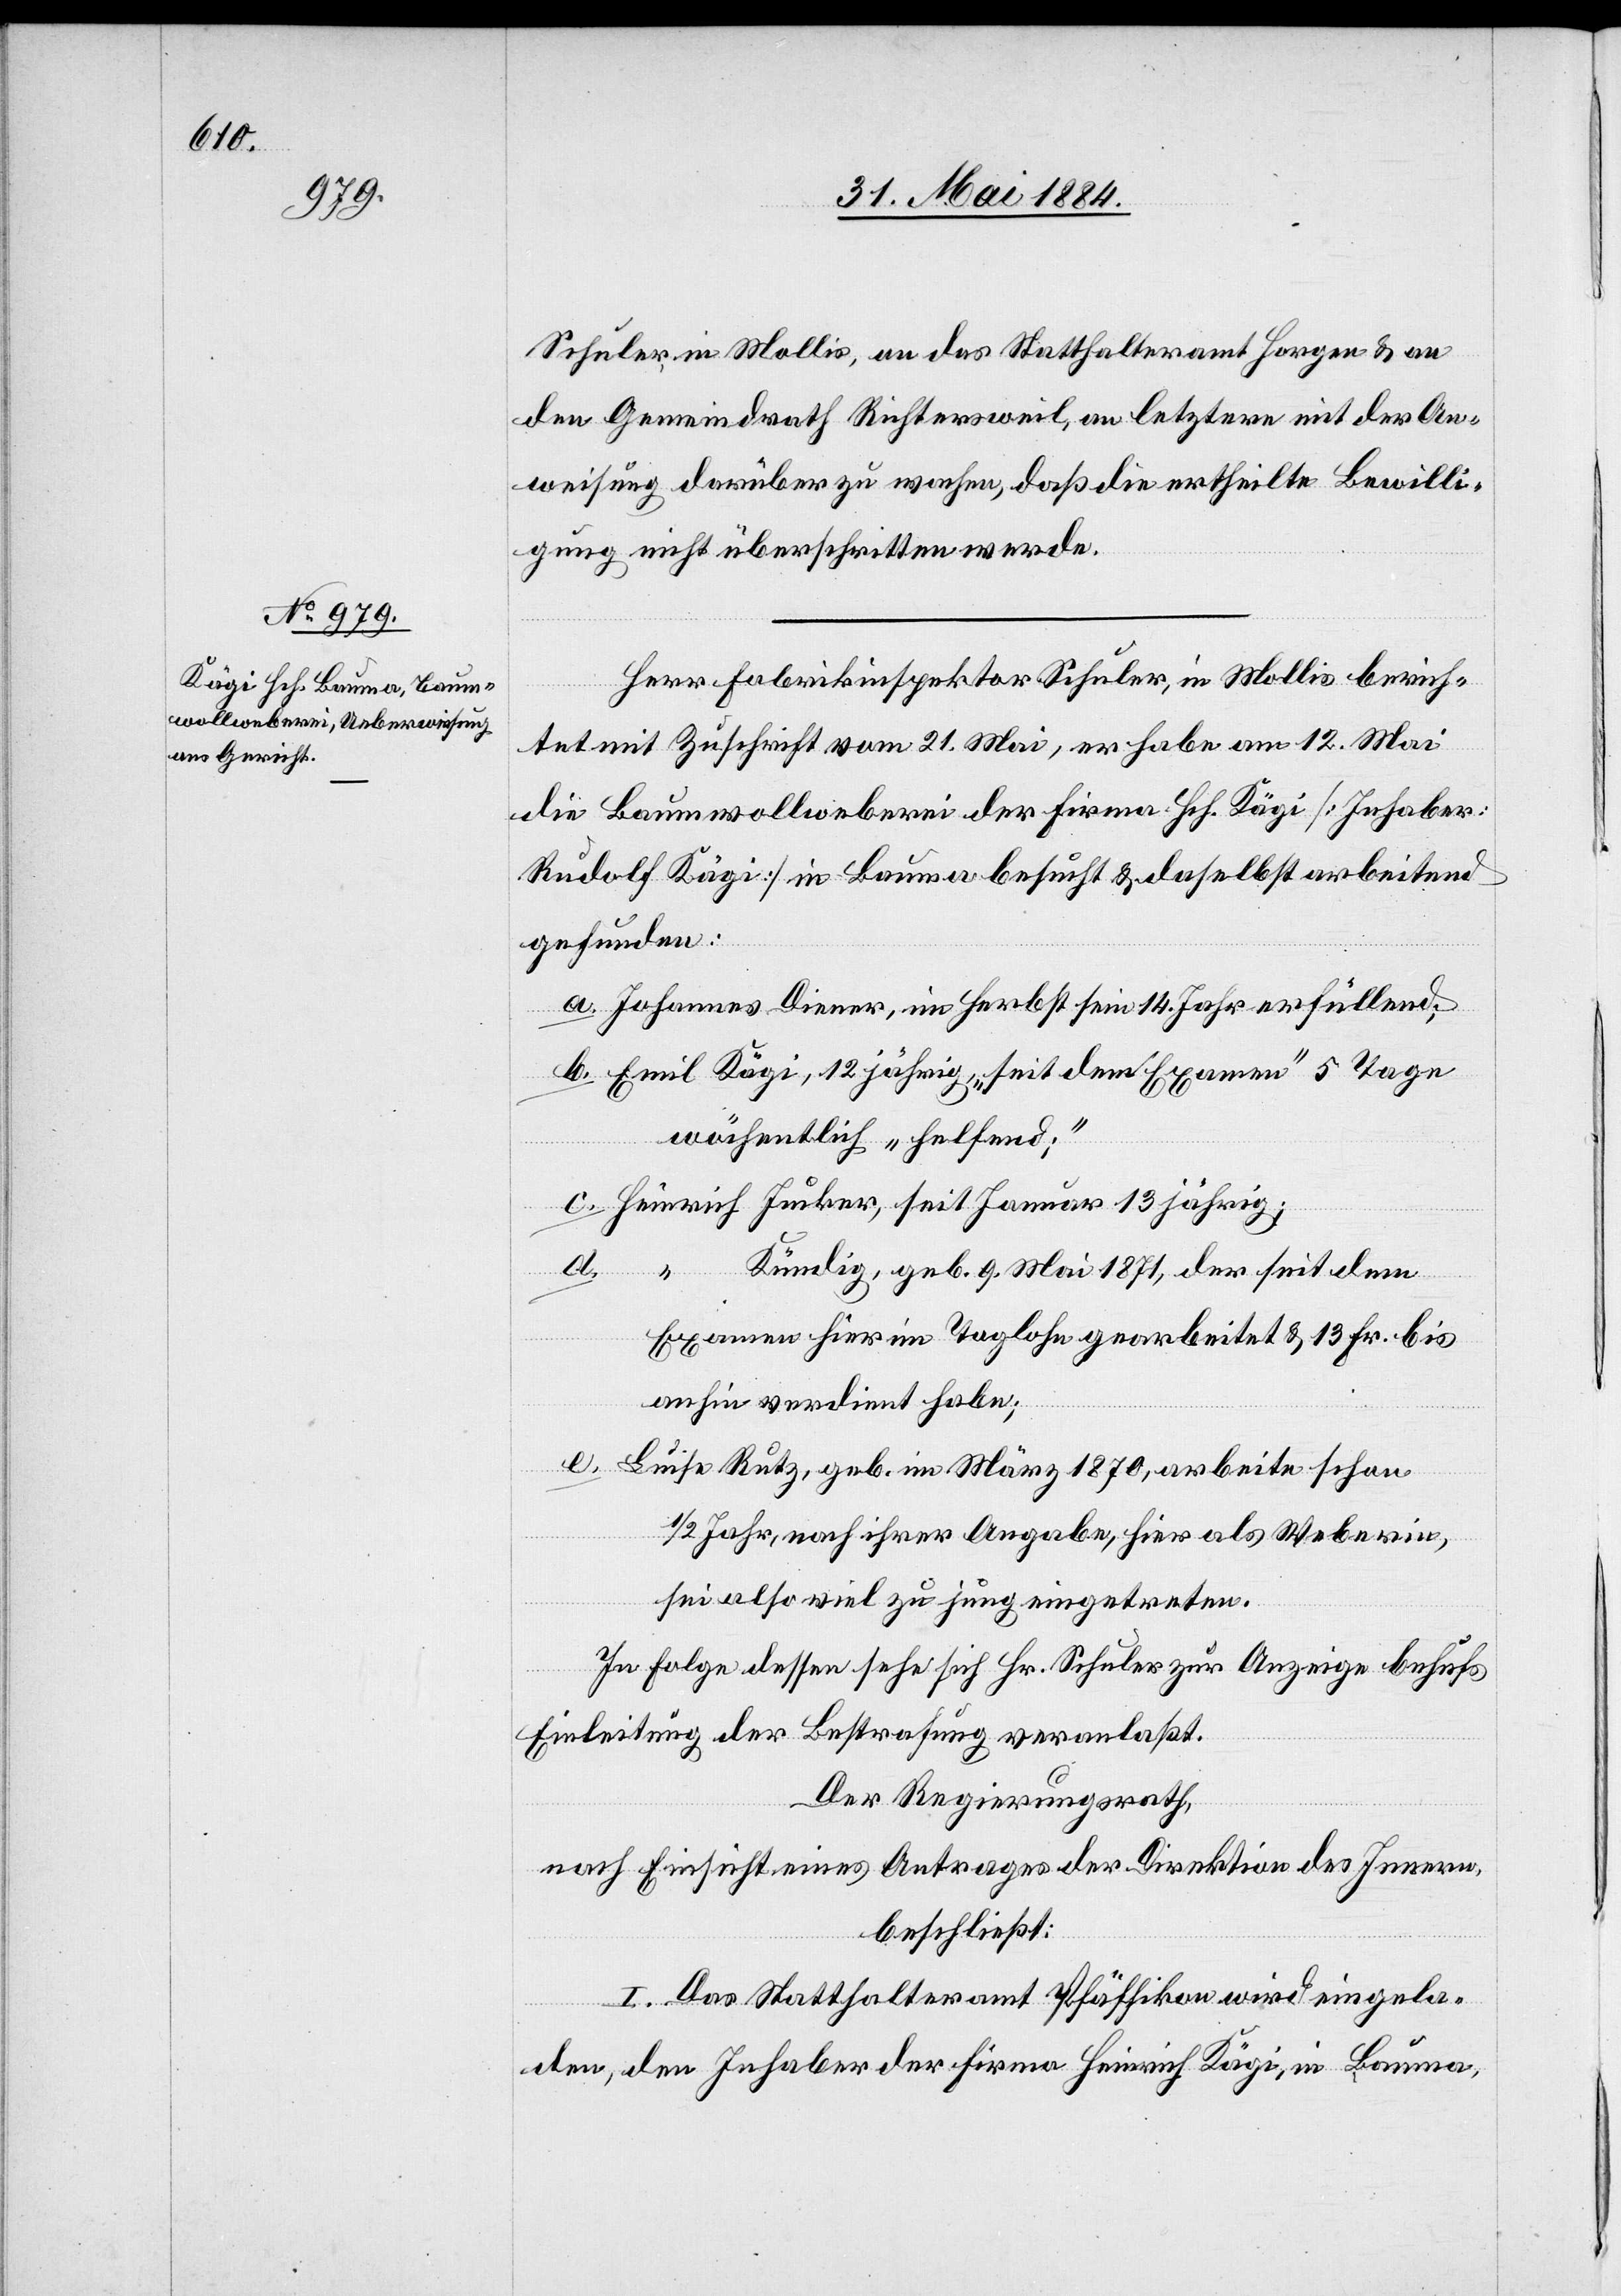
1870,

Schuler, in Mollis, an das Statthalteramt Horgen & an
den Gemeindrath Richtersweil, an letztern mit der An¬
weisung darüber zu wachen, daß die ertheilte Bewilli¬
gung nicht überschritten werde.
Herr Fabrikinspektor Schuler, in Mollis berich¬
tet mit Zuschrift vom 21. Mai, er habe am 12. Mai
die Baumwollspinnerei der Firma Hch. Kägi [Inhaber:
Rudolf Kägi] in Bauma besucht & daselbst arbeitend
gefunden:
wöchentlich „helfend“;
e.
geb. im
Kündig, geb. 9. Mai 1871, der seit dem
Examen hier im Taglohn gearbeitet & 13 Fr. bis
Tage
anhin verdient habe;
1/2 Jahr, nach ihrer Angabe, hier als Weberin,
sei also viel zu jung eingetreten.
In Folge dessen sehe sich Hr. Schuler zur Anzeige behufs
Einleitung der Bestrafung veranlaßt.
Der Regierungsrath,
nach Einsicht eines Antrages der Direktion des Innern,
beschließt:
I. Das Statthalteramt Pfäffikon wird eingela¬
5
den, den Inhaber der Firma Heinrich Kägi, in Bauma,